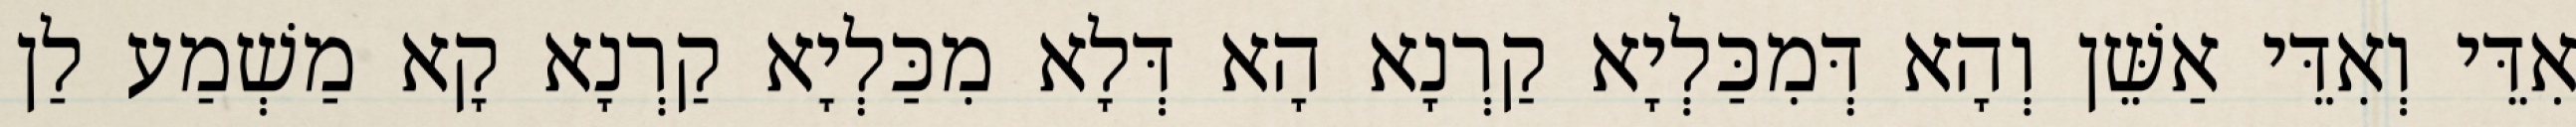
אִדֵּי וְאִדֵּי אַשֵּׁן וְהָא דְּמִכַּלְיָא קַרְנָא הָא דְּלָא מִכַּלְיָא קַרְנָא קָא מַשְׁמַע לַן